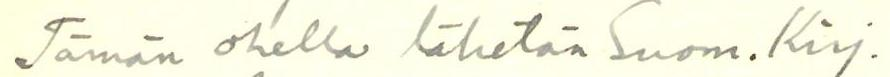
Tämän ohella lähetän Suom. Kirj.